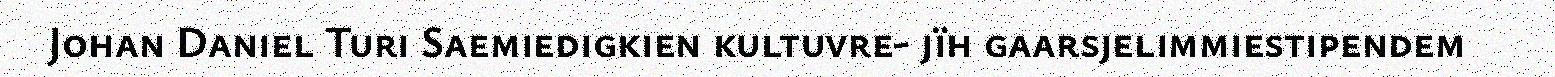
Johan Daniel Turi Saemiedigkien kultuvre- jïh gaarsjelimmiestipendem